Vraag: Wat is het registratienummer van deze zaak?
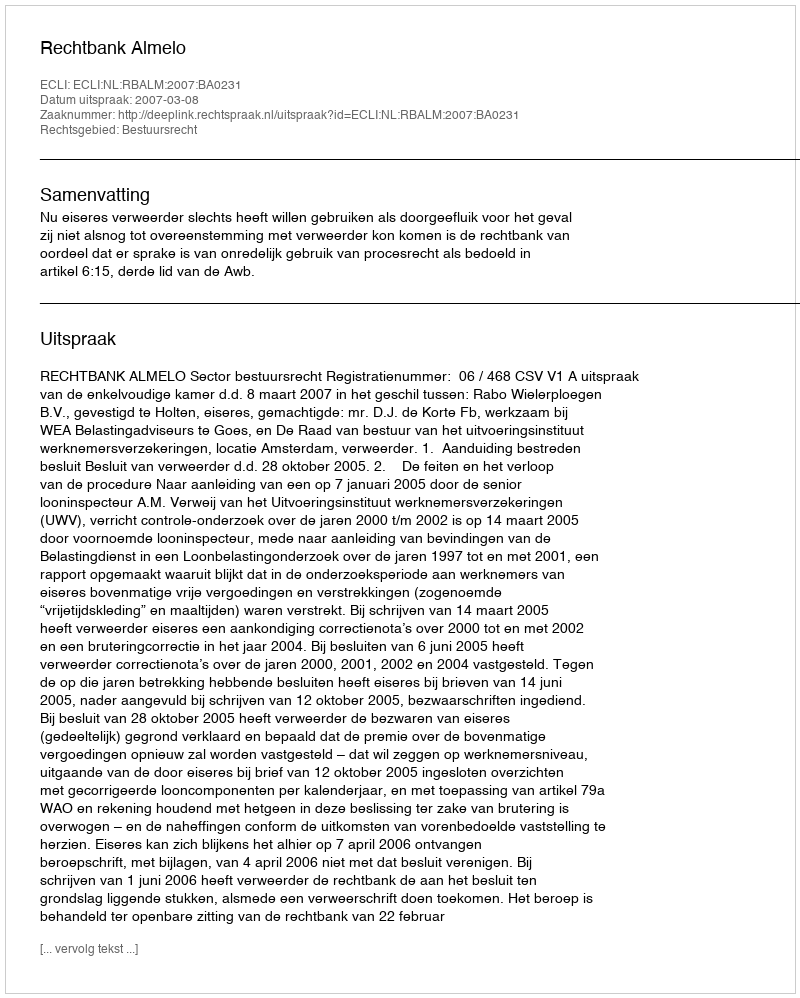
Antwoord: http://deeplink.rechtspraak.nl/uitspraak?id=ECLI:NL:RBALM:2007:BA0231